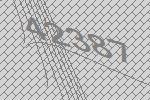
42387